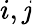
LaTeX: i,\mathit{j}